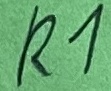
Text: R1